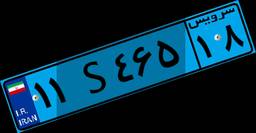
۱۱S۴۶۵۱۸